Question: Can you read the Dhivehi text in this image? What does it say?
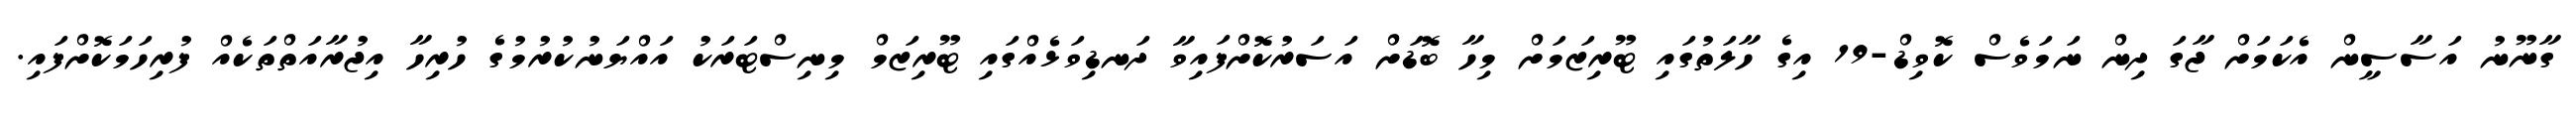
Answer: ގާނޫނު އަސާސީން އެކަމަށް ޖާގަ ދިން ނަމަވެސް ކޮވިޑް-19 އިގެ ހާލަތުގައި ޓޫރިޒަމަށް މިހާ ބޮޑަށް އަސަރުކޮށްފައިވާ ދަނޑިވަޅެއްގައި ޓޫރިޒަމް މިނިސްޓަރަކު އައްޔަނުކުރުމުގެ ހުރިހާ އިޖުރާއަތްތަކެއް ފުރިހަމަކޮށްފައި.